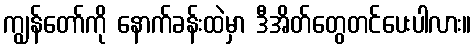
ကျွန်တော်ကို နောက်ခန်းထဲမှာ ဒီအိတ်တွေတင်ပေးပါလား။